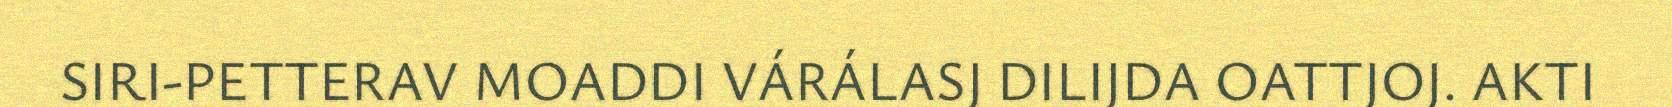
SIRI-PETTERAV MOADDI VÁRÁLASJ DILIJDA OATTJOJ. AKTI